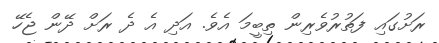
ރަށުގައި ފަތުރުވެރިން ތިބީމަ އެވެ. އަދި އެ ދެ ރަށް ދޭން ޖެހޭ